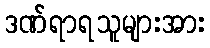
ဒဏ်ရာရသူများအား